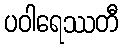
ပဝါရေဿတီ